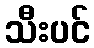
သီးပင်